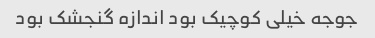
جوجه خیلی کوچیک بود اندازه گنجشک بود